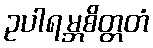
ဥပါရမ္ဘစိတ္တတံ